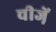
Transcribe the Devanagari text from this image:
चीजे़ं